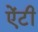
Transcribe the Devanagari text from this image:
एेंटी